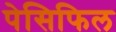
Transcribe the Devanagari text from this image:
पेसिफिल